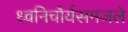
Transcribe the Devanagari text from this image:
ध्वनिचौर्यसमजले